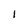
Character: l